Civil Veterinary Dept. North-West Frontier Province 1933-46 - 1933-1946
Year: 1933
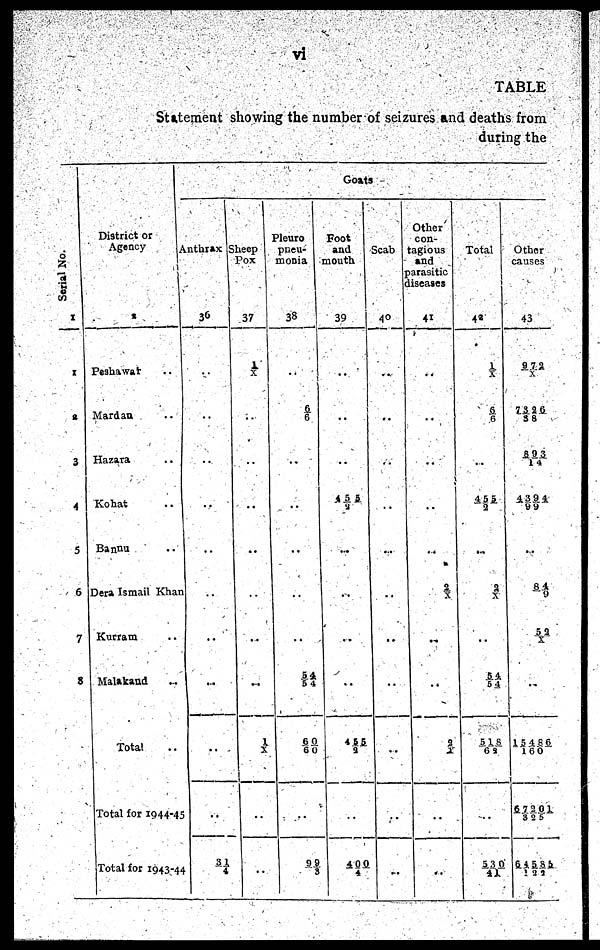
vi
TABLE
Statement showing the number of seizures and deaths from
during the
Serial No.
1
1
2
3
4
5
6
7
8
District or
Agency
2
Peshawar ..
Mardan ..
Hazara ..
Kohat ..
Bannu ..
Dera Ismail Khan
Kurram ..
Malakand ..
Total ..
Total for 1944-45
Total for 1943-44
Goats
Anthrax
36
..
..
..
..
..
..
..
..
..
..
31/4
Sheep
Pox
37
1/X
..
..
..
..
..
..
..
1/X
..
..
Pleuro
pneu-
monia
38
..
6/6
..
..
..
..
..
5 4/ 5 4
60/60
..
9 9/3
Foot
and
mouth
39
..
..
..
4 5 5/2
..
..
..
..
4 5 5/2
..
4 0 0/4
Scab
40
..
..
..
..
..
..
..
..
..
..
..
Other
con-
tagious
and
parasitic
diseases
41
..
..
..
..
..
2/X
..
..
2/X
..
..
Total
42
1/X
6/6
..
4 5 5/2
...
2/X
..
5 4/5 4
5 1 8/62
..
53 0/4 1
Other
causes
43
9 7 2/X
7 3 2 6/38
893/14
4 3 9 4/99
..
8 4/9
5 2/X
..
15 4 8 6/160
6 7 2 0 1/3 2 5
6 4 5 8 5/1 2 2